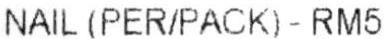
NAIL (PER/PACK) - RM5